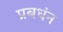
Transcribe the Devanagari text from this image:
प्रबधंन